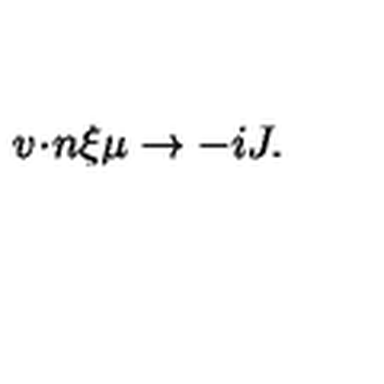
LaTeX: { v \! \cdot \! n } \xi \mu \to - i J .